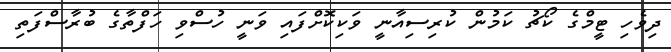
ދިވެހި ޓީމްގެ ކޯޗު ކަމުން ކުރިސިއާނީ ވަކިކޮށްފައި ވަނީ ހުސްވި ހަފްތާގެ ބުރާސްފަތި